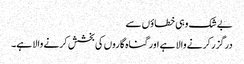
بے شک وہی خطاؤں سے
درگزر کرنے والا ہے اور گناہ گاروں کی بخشش کرنے والا ہے۔